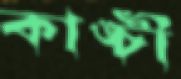
কাঙ্চী